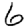
Digit: 6